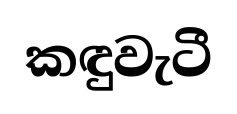
කඳුවැටී